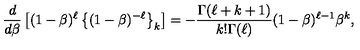
{ \frac { d } { d \beta } } \left[ ( 1 - \beta ) ^ { \ell } \left\{ ( 1 - \beta ) ^ { - \ell } \right\} _ { k } \right] = - { \frac { \Gamma ( \ell + k + 1 ) } { k ! \Gamma ( \ell ) } } ( 1 - \beta ) ^ { \ell - 1 } \beta ^ { k } ,